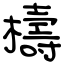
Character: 檮